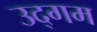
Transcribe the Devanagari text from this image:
उद्‌गम